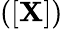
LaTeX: ([\mathbf{X}])